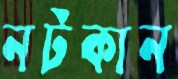
নটকান